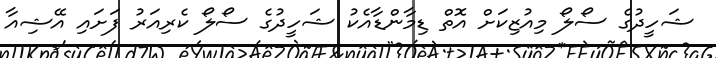
ޝަހީދުގެ ސޯލޯ މިއުޒިކަށް އޮތް ޑިމާންޑާއެކު ޝަހީދުގެ ސޯލޯ ކެރިއަރު ފަށައި އޭޝިއާ